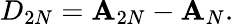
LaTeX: D_{2N}=\mathbf{A}_{2N}-\mathbf{A}_{N}.